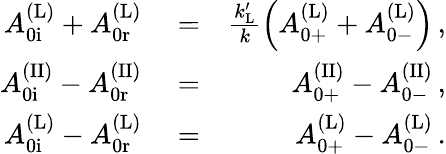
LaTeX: \begin{array}{rlr}{A_{\mathrm{0i}}^{\mathrm{(L)}}+A_{\mathrm{0r}}^{\mathrm{(L)}}}&{{}=}&{\frac{k_{\mathrm{L}}^{\prime}}{k}\left(A_{\mathrm{0+}}^{\mathrm{(L)}}+A_{\mathrm{0-}}^{\mathrm{(L)}}\right)\, ,}\\ {A_{\mathrm{0i}}^{\mathrm{(II)}}-A_{\mathrm{0r}}^{\mathrm{(II)}}}&{{}=}&{A_{\mathrm{0+}}^{\mathrm{(II)}}-A_{\mathrm{0-}}^{\mathrm{(II)}}\, ,}\\ {A_{\mathrm{0i}}^{\mathrm{(L)}}-A_{\mathrm{0r}}^{\mathrm{(L)}}}&{{}=}&{A_{\mathrm{0+}}^{\mathrm{(L)}}-A_{\mathrm{0-}}^{\mathrm{(L)}}\, .}\end{array}